Tartu_linnavalitsus, lk 97
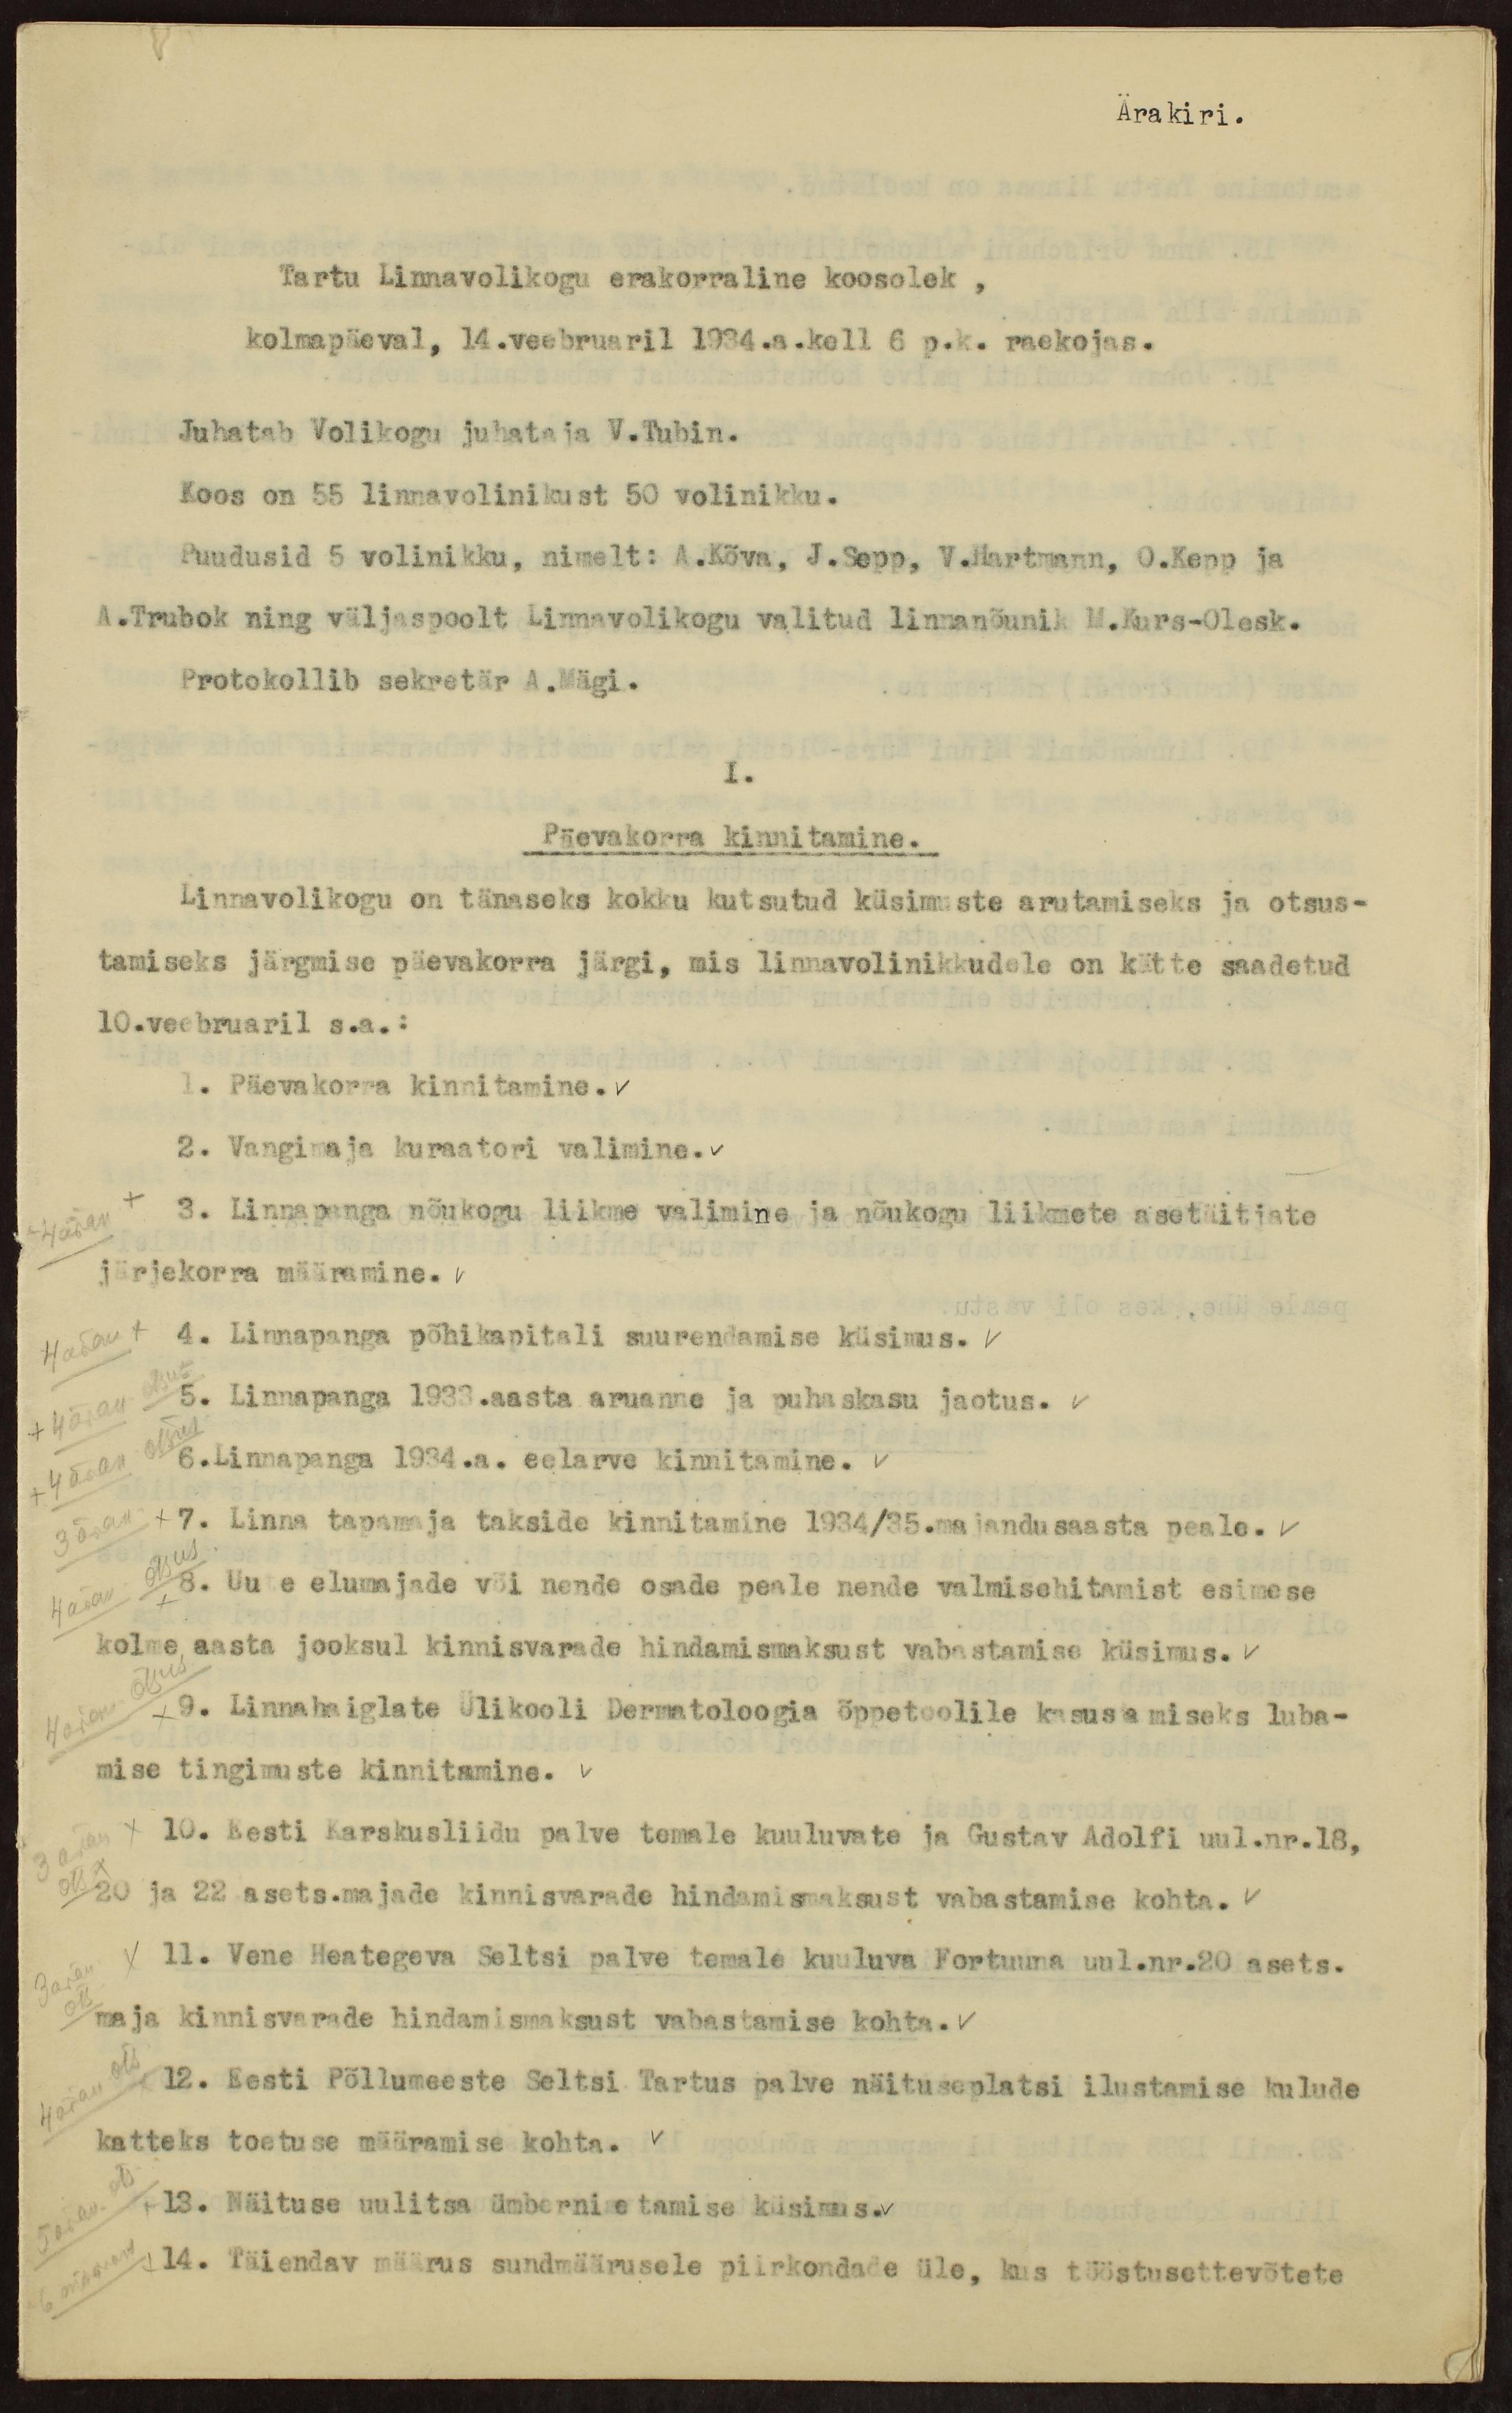
Ärakiri.
Tartu Linnavolikogu erakorraline koosolek,
kolmapäeval, 14.veebruaril 1934.a.kell 6 p.k. raekojas.
Juhatab Volikogu juhataja V.Tubin.
Koos on 55 linnavolinikust 50 volinikku.
Puudusid 5 volinikku, nimelt: A.Kõva, J.Sepp, V. Hartmann, O.Kepp ja
A.Trubok ning väljaspoolt Linnavolikogu valitud linnanõunik M.Kurs-Olesk.
Protokollib sekretär A.Mägi.
I.
Päevakorra kinnitamine.
Linnavolikogu on tänaseks kokku kutsutud küsimuste arutamiseks ja otsus-
tamiseks järgmise päevakorra järgi, mis linnavolinikkudele on kätte saadetud
10.veebruaril s.a.:
1. Päevakorra kinnitamine.
2. Vangimaja kuraatori valimine.
3. Linnapanga nõukogu liikme valimine ja nõukogu liikmete asetäitjate
järjekorra määramine.
4. Linnapanga põhikapitali suurendamise küsimus.
5. Linnapanga 1933.aasta aruanne ja puhaskasu jaotus.
6.Linnapanga 1934.a. eelarve kinnitamine.
7. Linna tapamaja takside kinnitamine 1934/35.majandusaasta peale.
8. Uute elumajade või nende osade peale nende valmisehitamist esimese
kolme aasta jooksul kinnisvarade hindamismaksust vabastamise küsimus.
9. Linnahaiglate Ülikooli Dermatoloogia õppetoolile kasusamiseks luba-
mise tingimuste kinnitamine.
10. Eesti Karskusliidu palve temale kuuluvate ja Gustav Adolfi uul.nr.18,
20 ja 22 asets.majade kinnisvarade hindamismaksust vabastamise kohta.
11. Vene Heategeva Seltsi palve temale kuuluva Fortuuna uul.nr.20 asets.
maja kinnisvarade hindamismaksust vabastamise kohta.
12. Eesti Põllumeeste Seltsi Tartus palve näituseplatsi ilustamise kulude
katteks toetuse määramise kohta.
13. Näituse uulitsa ümbernimetamise küsimus.
14. Täiendav määrus sundmäärusele piirkondade üle, kus tööstusettevõtete